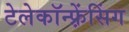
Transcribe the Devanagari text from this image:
टेलेकॉन्फ़्रेंसिंग